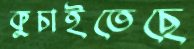
কুচাইতেছে